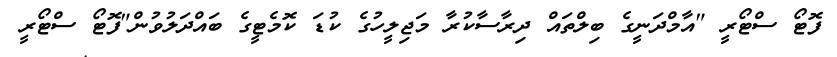
ފޮޓޯ ސްޓޯރީ "އާމްދަނީގެ ބިލްތައް ދިރާސާކުރާ މަޖިލީހުގެ ކުޑަ ކޮމެޓީގެ ބައްދަލުވުން"ފޮޓޯ ސްޓޯރީ